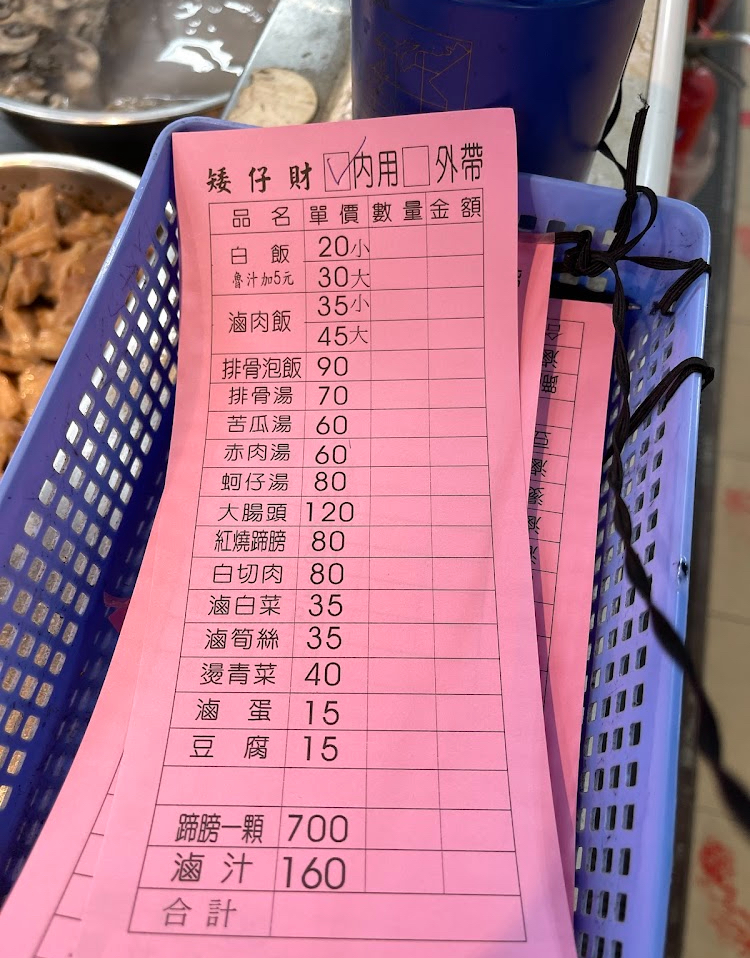
餐廳：矮仔財
菜單：
name: 白飯(小)
price: 20
name: 白飯(大)
price: 30
name: 滷肉飯(小)
price: 35
name: 滷肉飯(大)
price: 45
name: 排骨泡飯
price: 90
name: 排骨湯
price: 70
name: 苦瓜湯
price: 60
name: 赤肉湯
price: 60
name: 蚵仔湯
price: 80
name: 大腸頭
price: 120
name: 紅燒蹄膀
price: 80
name: 白切肉
price: 80
name: 滷白菜
price: 35
name: 滷筍絲
price: 35
name: 燙青菜
price: 40
name: 滷蛋
price: 15
name: 豆腐
price: 15
name: 蹄胯一顆
price: 700
name: 滷汁
price: 160